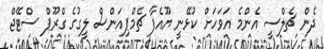
ދެން ޗެލްސީ އެންމެ އަވަހަށް ކުޅޭނީ ޔޫއެފާ ޗެމްޕިއަންސް ލީގުގެ ގްރޫޕް ސްޓޭޖް